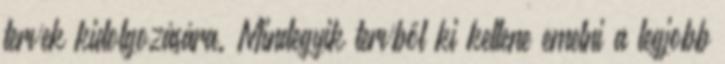
tervek kidolgozására. Mindegyik tervből ki kellene emelni a legjobb